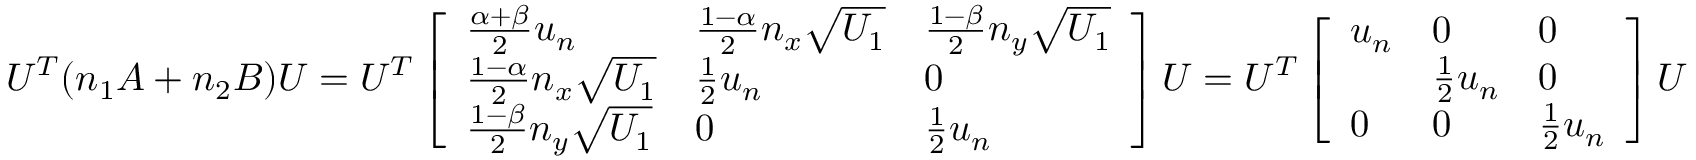
U ^ { T } ( n _ { 1 } A + n _ { 2 } B ) U = U ^ { T } \left[ \begin{array} { l l l } { \frac { \alpha + \beta } { 2 } u _ { n } } & { \frac { 1 - \alpha } { 2 } n _ { x } \sqrt { U _ { 1 } } } & { \frac { 1 - \beta } { 2 } n _ { y } \sqrt { U _ { 1 } } } \\ { \frac { 1 - \alpha } { 2 } n _ { x } \sqrt { U _ { 1 } } } & { \frac { 1 } { 2 } u _ { n } } & { 0 } \\ { \frac { 1 - \beta } { 2 } n _ { y } \sqrt { U _ { 1 } } } & { 0 } & { \frac { 1 } { 2 } u _ { n } } \end{array} \right] U = U ^ { T } \left[ \begin{array} { l l l } { u _ { n } } & { 0 } & { 0 } \\ & { \frac { 1 } { 2 } u _ { n } } & { 0 } \\ { 0 } & { 0 } & { \frac { 1 } { 2 } u _ { n } } \end{array} \right] U